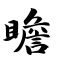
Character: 瞻